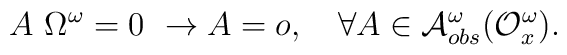
A~\Omega^{\omega}=0~\rightarrow A=o,~~~\forall A\in {\cal A}^{\omega}_{obs}({\cal O}^{\omega}_{x}).